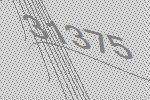
31375